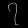
Digit: ၇